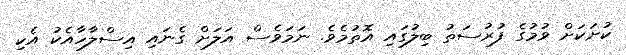
ކުށަކަށް ވުމުގެ ފުރުސަތު ބިލުގައި އޮތުމެވެ. ނަަމަވެސް އަލަށް ގެނައި އިސްލާހާއެކު އެކި